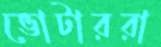
ভোটাররা